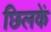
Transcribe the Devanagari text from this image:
छिलकें